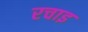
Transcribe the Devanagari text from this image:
रचाइ